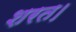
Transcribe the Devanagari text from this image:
शरत।